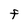
Character: F